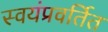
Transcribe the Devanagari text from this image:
स्वयंप्रवर्तित